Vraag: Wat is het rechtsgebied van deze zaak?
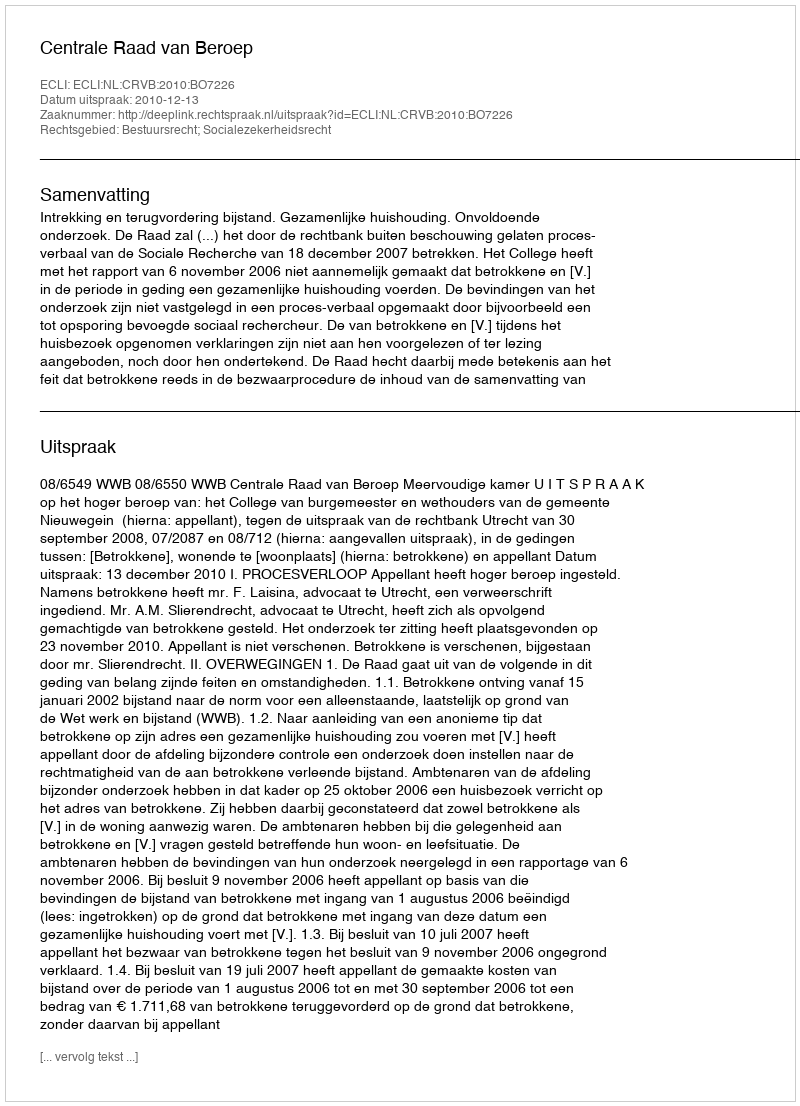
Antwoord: Bestuursrecht; Socialezekerheidsrecht